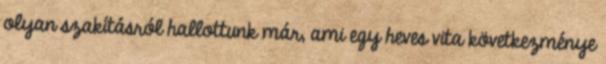
olyan szakításról hallottunk már, ami egy heves vita következménye